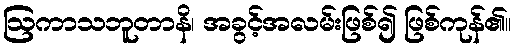
ဩကာသဘူတာနိ၊ အခွင့်အလမ်းဖြစ်၍ ဖြစ်ကုန်၏။